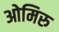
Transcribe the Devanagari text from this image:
ओमिरु